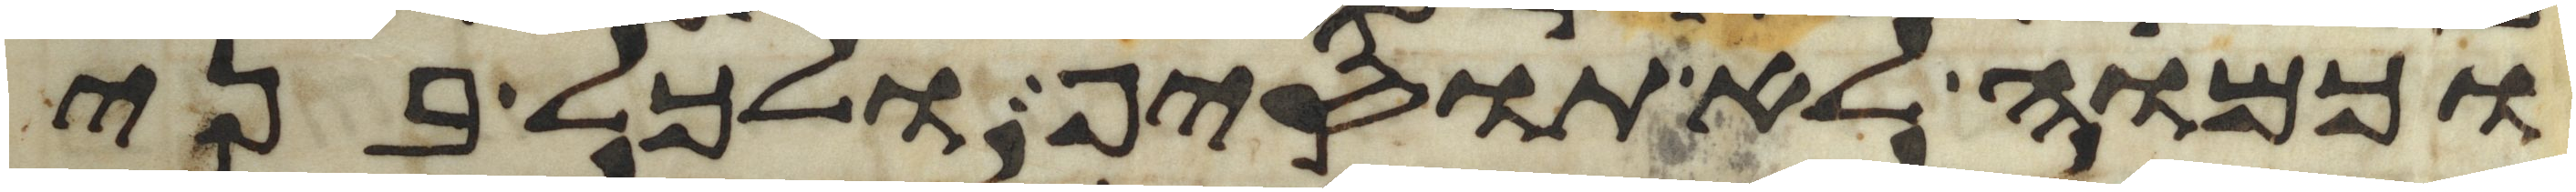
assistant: וכמוה לא תוסיף ולכל בני